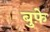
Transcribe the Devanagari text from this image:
बुफ़े